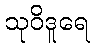
သုဝိဒူရေ